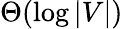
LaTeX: \Theta(\log|V|)